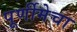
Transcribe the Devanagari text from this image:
पूर्णीमेचा